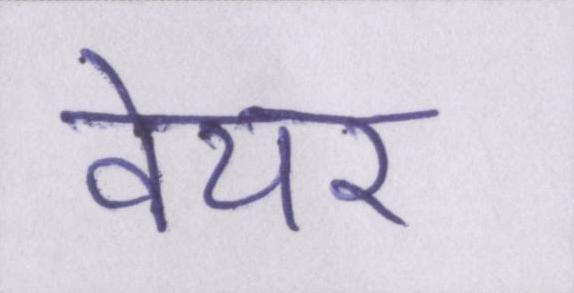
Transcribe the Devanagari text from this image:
वेयर